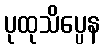
ပုထုသိပ္ပေန